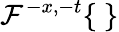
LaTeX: \mathcal{F}^{-x,-t}\{ \ \}